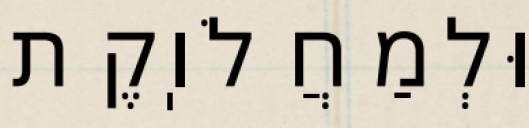
וּלְמַחֲלֹוֽקֶת